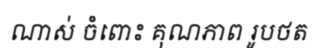
ណាស់ ចំពោះ គុណភាព រូបថត